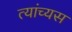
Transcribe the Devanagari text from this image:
त्यांच्यस